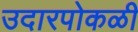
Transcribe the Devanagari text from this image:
उदारपोकळी